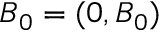
\boldsymbol { B } _ { 0 } = ( 0 , B _ { 0 } )